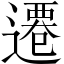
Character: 遷